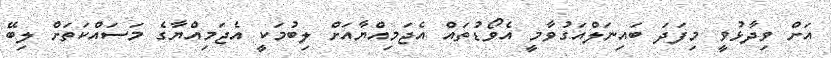
އަށް ވިދާޅުވީ މިފަދަ ބައިނަލްއަގުވާމީ އެވޯޑުތައް އެޖަމިއްޔާއަށް ލިބުމަކީ އެޖަމިއްޔާގެ މަސައްކަތަށް ލިބޭ